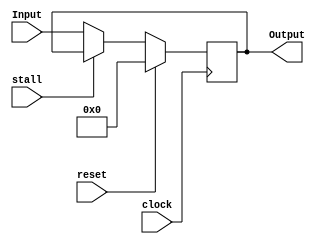
`timescale 1ns / 1ps
//////////////////////////////////////////////////////////////////////////////////
// Company: 
// Engineer: 
// 
// Design Name: 
// Module Name: PC
// Project Name: 
// Target Devices: 
// Tool Versions: 
// Description: 
// 
// Dependencies: 
// 
// Revision:
// Revision 0.01 - File Created
// Additional Comments:
// 
//////////////////////////////////////////////////////////////////////////////////
module PC(clock, reset, Input, Output, stall);
    input clock;
	 input reset;
	 input [31:0] Input;
	 input stall;
	 output reg [31:0] Output;
	 initial begin
	    Output = 0;
	 end
	 always @ (posedge clock)
	 begin	     
		 if (!stall) Output = Input;
		 if (reset==1) Output = 32'h00000000;
	 end

endmodule